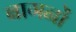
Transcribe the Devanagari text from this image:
बागनों